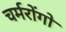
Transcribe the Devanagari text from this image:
चर्मरोंगो